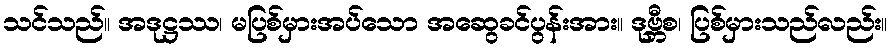
သင်သည်။ အဒုဋ္ဌဿ၊ မပြစ်မှားအပ်သော အဆွေခင်ပွန်းအား။ ဒုဗ္ဘီစ၊ ပြစ်မှားသည်လည်း။